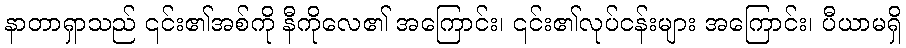
နာတာရှာသည် ၎င်း၏အစ်ကို နီကိုလေ၏ အကြောင်း၊ ၎င်း၏လုပ်ငန်းများ အကြောင်း၊ ပီယာမရှိ